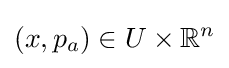
(x,p_{a})\in U\times \mathbb {R} ^{n}